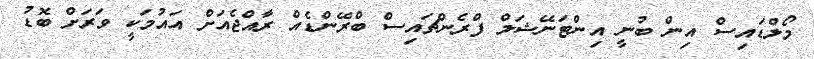
މޯލްޑައިސް އިން ބުނީ އިންޓަނޭޝަލް ފްރެންޗައިސް ބްރޭންޑެއް ރާއްޖެއަށް އައުމަކީ ވަރަށް ބޮޑު